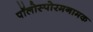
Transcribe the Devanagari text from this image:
पॉलोस्पोरमनामक